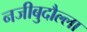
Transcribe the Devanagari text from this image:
नजीबुदौल्ला